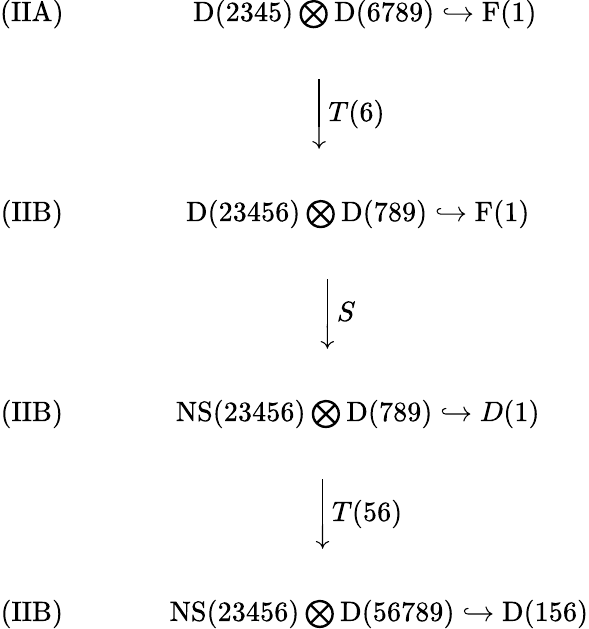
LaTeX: \begin{array}{ccc}{{(\mathrm{IIA})\ \ \ \ \ }}&{{\ \ \mathrm{D}(2345)\bigotimes\mathrm{D}(6789)\hookrightarrow\mathrm{F}(1)}}\\ {{\ }}&{{}}\\ {{\ }}&{{\Biggl\downarrow{T{(6)\ \ \ }}}}\\ {{\ }}&{{}}\\ {{(\mathrm{IIB})\ \ \ \ \ }}&{{\mathrm{D}(23456)\bigotimes\mathrm{D}(789)\hookrightarrow\mathrm{F}(1)}}\\ {{\ }}&{{}}\\ {{\ }}&{{\Biggl\downarrow{S{\ \ \ \ \ \ }}}}\\ {{\ }}&{{}}\\ {{(\mathrm{IIB})\ \ \ \ \ }}&{{\mathrm{NS}(23456)\bigotimes\mathrm{D}(789)\hookrightarrow D(1)}}\\ {{\ }}&{{}}\\ {{\ }}&{{\Biggl\downarrow{T(56)}}}\\ {{\ }}&{{}}\\ {{(\mathrm{IIB})\ \ \ \ \ }}&{{\ \ \ \ \ \ \mathrm{NS}(23456)\bigotimes\mathrm{D}(56789)\hookrightarrow\mathrm{D}(156)}}\end{array}